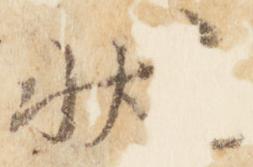
状